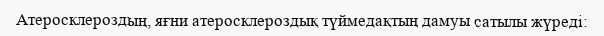
Атеросклероздың, яғни атеросклероздық түймедақтың дамуы сатылы жүреді: